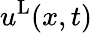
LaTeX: u^{\mathrm{L}}(x,t)